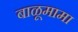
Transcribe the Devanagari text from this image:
बाळूमामा